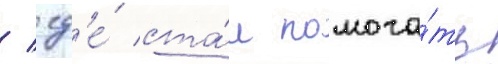
/ гд'е́ ста́л помога́ть